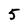
Character: 5